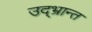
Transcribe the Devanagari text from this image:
उद्‌भ्रान्त